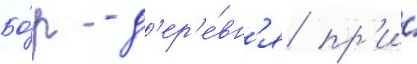
Бо́р - д'ер'е́вн'я пр'и́